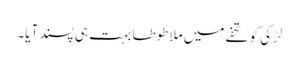
لڑکی کو تحفے میں ملا طوطا بہت ہی پسند آیا۔